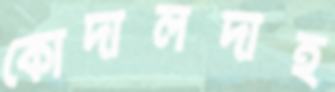
কোদালদাহ